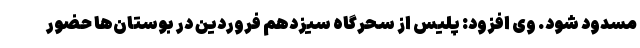
مسدود شود. وی افزود: پلیس از سحرگاه سیزدهم فروردین در بوستان‌ها حضور